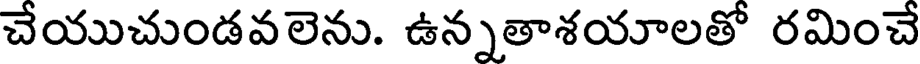
చేయుచుండవలెను. ఉన్నతాశయాలతో రమించే